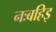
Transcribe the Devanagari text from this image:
नःबहिइ